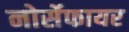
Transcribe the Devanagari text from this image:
नोर्सेफायर